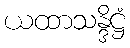
ယထာသန္ဒိဋ္ဌံ